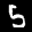
Label: 5